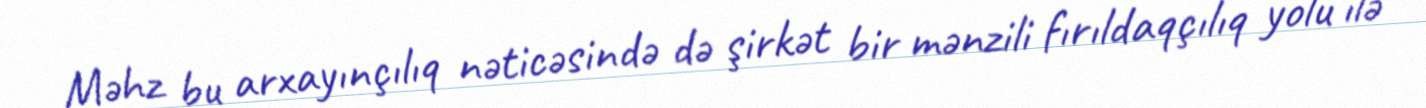
Məhz bu arxayınçılıq nəticəsində də şirkət bir mənzili fırıldaqçılıq yolu ilə